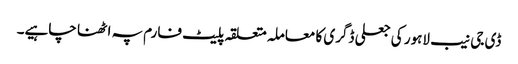
ڈی جی نیب لاہور کی جعلی ڈگری کا معاملہ متعلقہ پلیٹ فارم پہ اٹھنا چاہیے۔